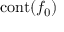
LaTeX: \operatorname { c o n t } ( f _ { 0 } )